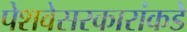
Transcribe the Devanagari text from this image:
पेशवेसरकारांकडे